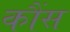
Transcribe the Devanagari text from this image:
कौंस